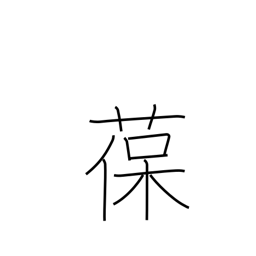
Meaning: adhere to